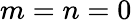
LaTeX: m=n=0